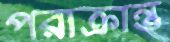
পরাক্রান্ত